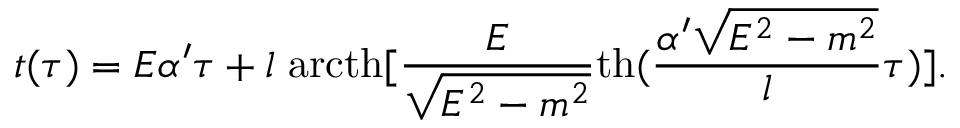
t ( \tau ) = E \alpha ^ { \prime } \tau + l \; \mathrm { a r c t h } [ \frac { E } { \sqrt { E ^ { 2 } - m ^ { 2 } } } \mathrm { t h } ( \frac { \alpha ^ { \prime } \sqrt { E ^ { 2 } - m ^ { 2 } } } { l } \tau ) ] .